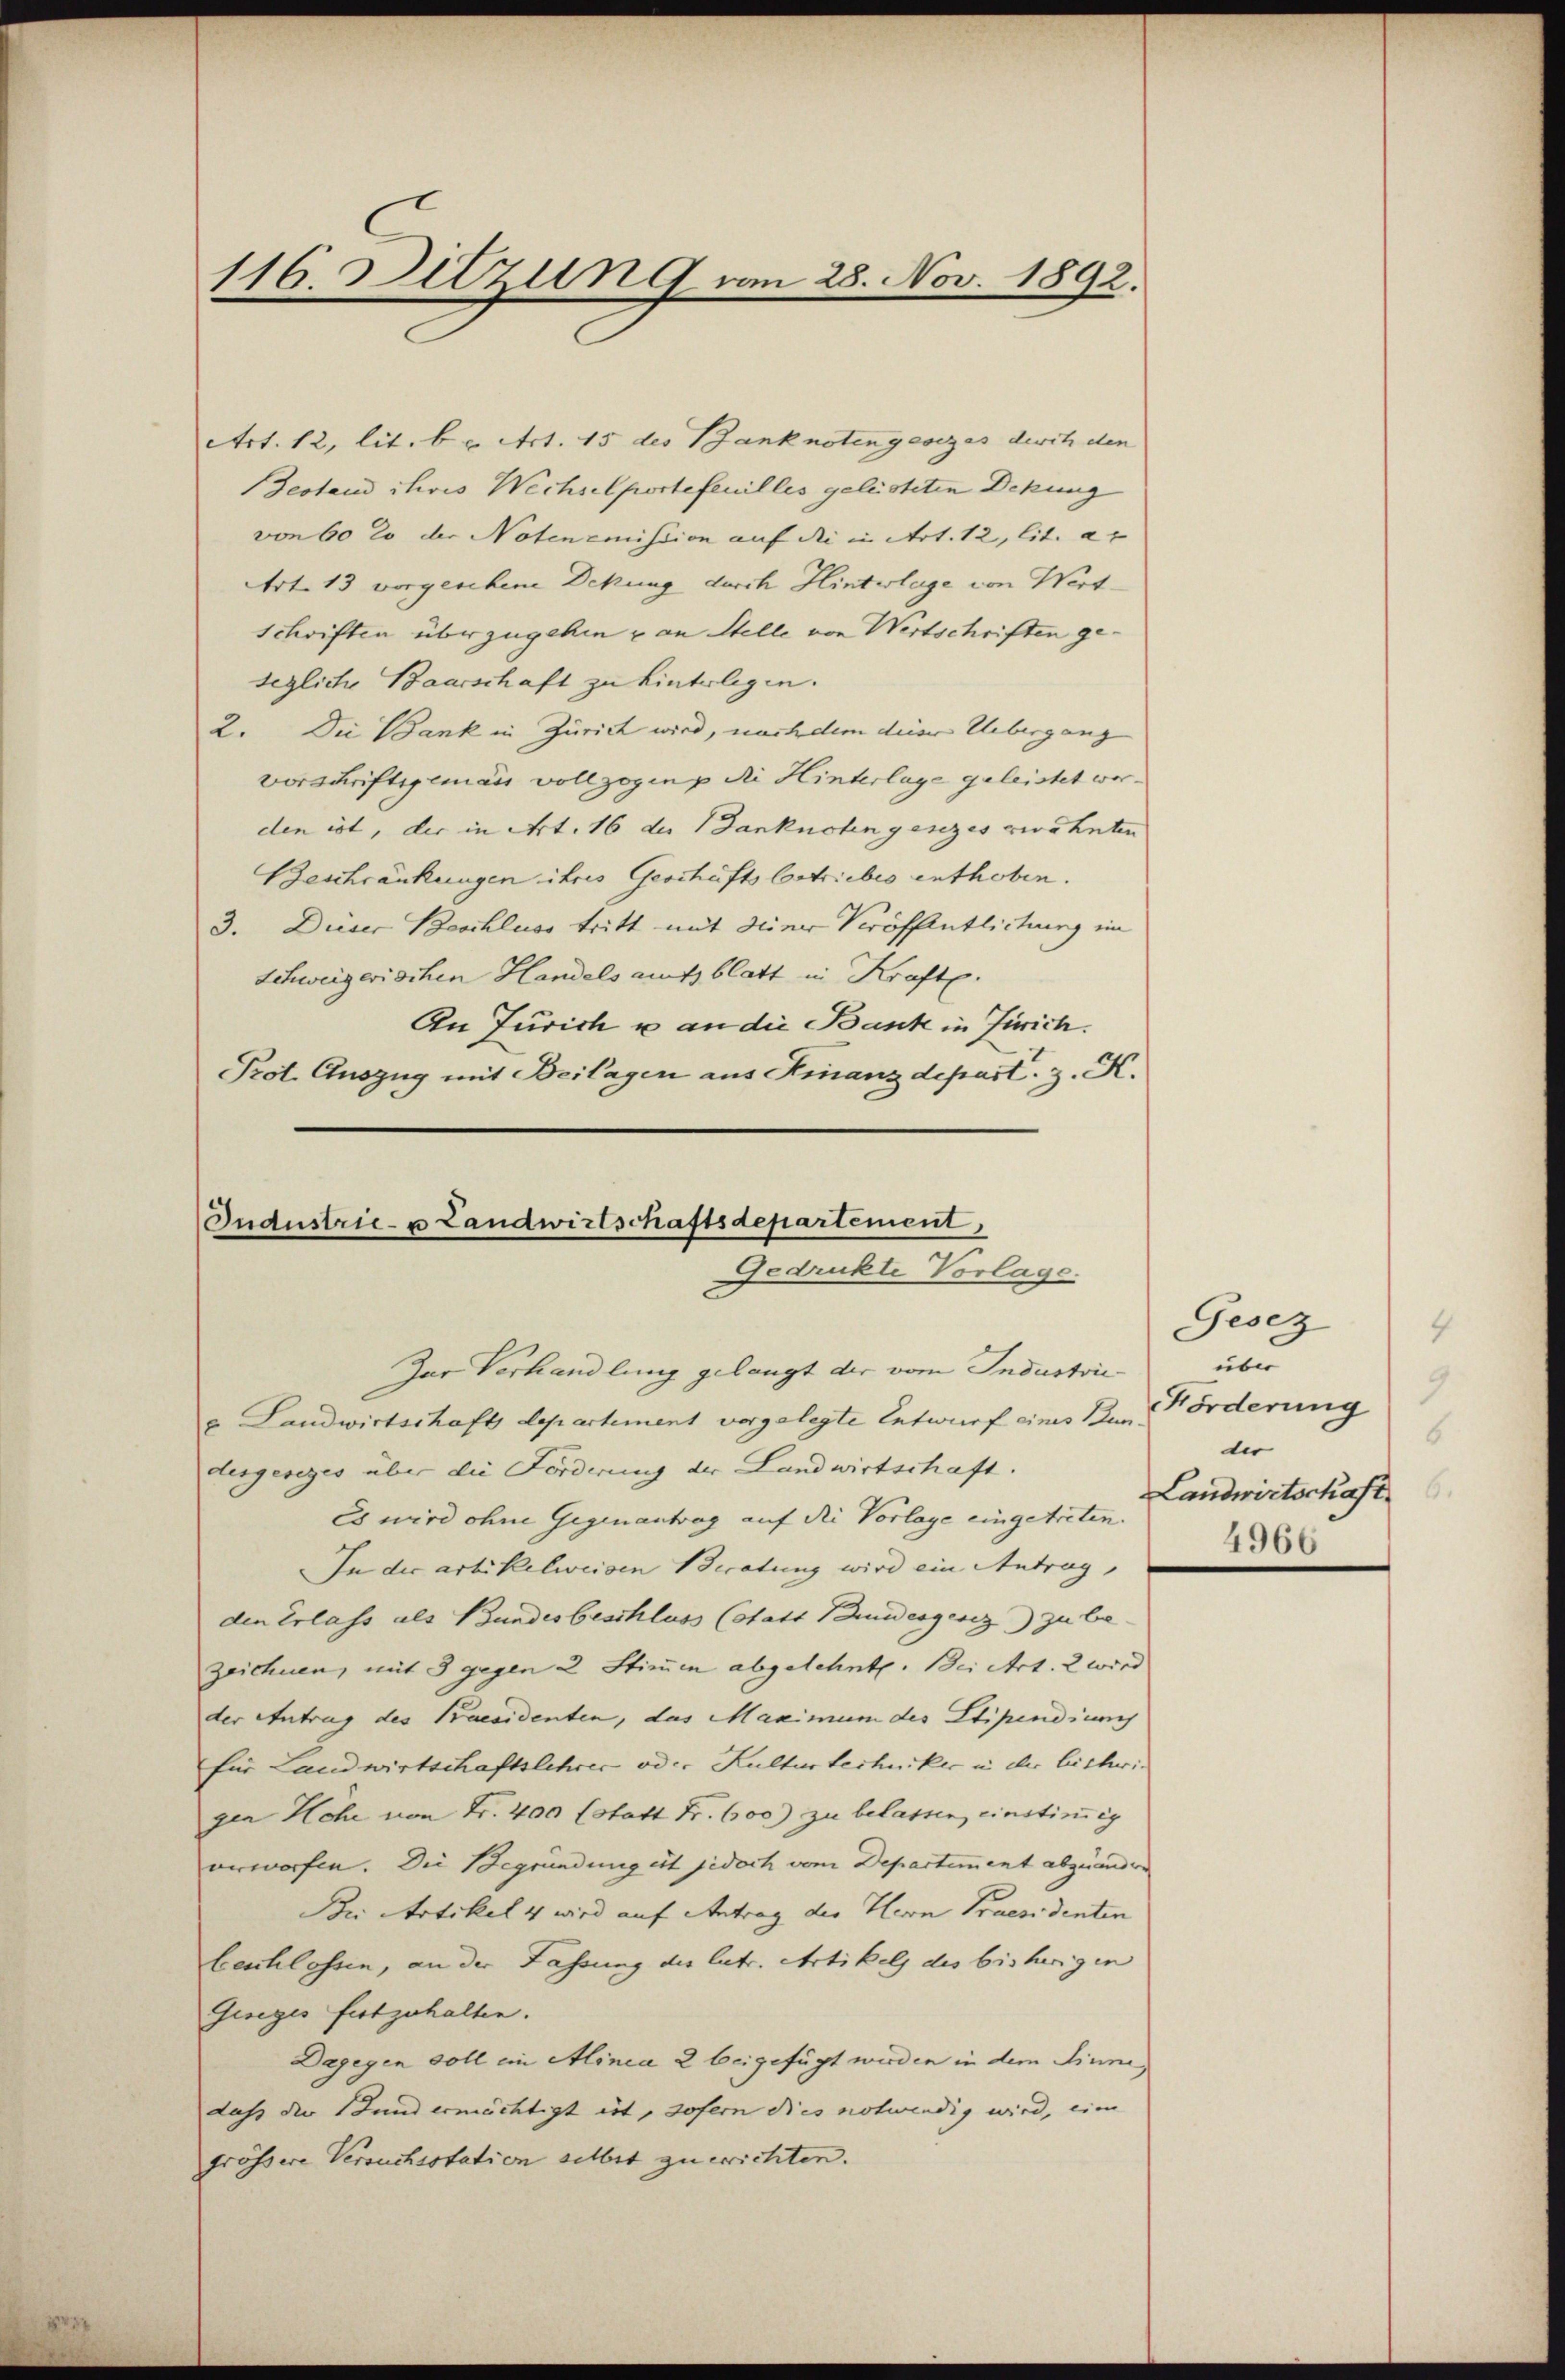
116. Sitzung vom 28. Nov. 1892.

Art. 12, lit. b. Art. 15 des Banknotengesezes durch den
Bestand chois Wechselportefeuilles gelüsteten Deckung
von 60 lo der Notenemission auf die in Art. 12, lit. a.
Art. 13 vorgesehene Deckung durch Hinterlage von Wertschriften überzugehen u an Stelle von Wirtschriften gesegliche Baarschaft zu hinterlegen.
2. Die Bank in Zürich wird, nachdem dieser Uebergang
vorschriftigemann vollzogen die Hinterlage geleistet worden ist, der in Art. 16 der Banknoten gesezes erwähnten
Beschränkungen ihres Geschäfts bestriebes enthoben.
3. Dieser Beschluss tritt mit deiner Veröffentlichung im
Schweizerischen Handels aufzblatt in Krafte.
An Jurich u. an die Bank in Zürich.
Prot. Auszug mit Beilagen aus Finanzdepart. z. K.

Industrie- u Landwirtschaftsdepartement,
Gedrukte Vorlage.
Zur Verhandlung gelangt der vom Industrie¬

x Landwirtschaft departement vorgelegte Entwurf eines Bun
desgesezes über die Forderung der Landwirtschaft.
Es wird ohne Gegenantrag auf die Vorlage eingetreten.
In die artikelweisen Beratung wird ein Antrag,
den Erlass als Bundesbeschluss (statt Bundesgesez zu be
zeichnen, mit 3 gegen 2 Stimmen abgelehnte. Bei Art. 2 wird
der Antrag des Praesidenten, das Maximum des Stipendium
für Landwirtschaftslehrer oder Kulturtechniker in der bisherigen Höhe von Fr. 400 (statt Fr. 600) zu belassen, einstimmig
orworfen. Die Begründung ist jedoch vom Departiment abzuänder
Bei Artikel 4 wird auf Antrag des Herrn Praesidenten
beschlossen, an der Fassung des betr. Artikel des bisherigen
Giseges festzuhalten.
Dagegen soll im Minea 2 beigefügt werden in dem Sinnedass der Bundermächtigt est, sofern dies notwendig wird, eine
frössere Versuchsstation selbst zu errichten.

Gesez
4
un
9
Förderung
6
ter
Landwirtschaft
4966